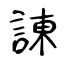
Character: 諌